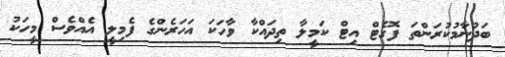
ބަދުނާމުކުރަންތަ ފޮގެޓް އިޓް ކަމީލާ ތިދައްކާ ވާހަކަ އަހަރެންގެ ފެމިލީ އެއްވެސް މީހަކު